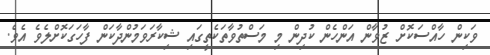
ވަކިން ހާއްސަކޮށް ޒުވާން އަންހެން ކުދިން މި މަސްތުވާތަކެތީގައި ޝިކާރަވަމުންދާކަން ފާހަގަކޮށްލެވެ އެވެ.